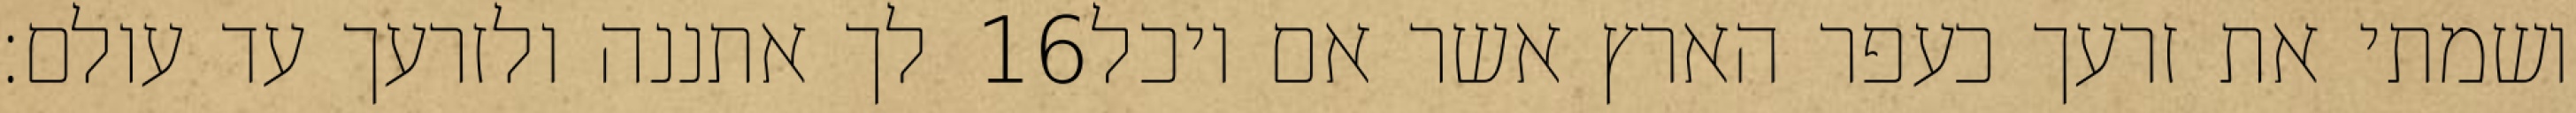
לך אתננה ולזרעך עד עולם׃ ‎16‏ ושמתי את זרעך כעפר הארץ אשר אם יוכל